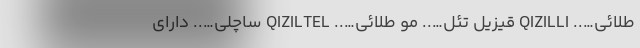
طلائی….. QIZILLI قیزیل تئل….. مو طلائی….. QIZILTEL ساچلی….. دارای